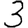
Digit: 3